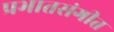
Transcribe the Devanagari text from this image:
प्रभातसंगीत